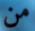
من